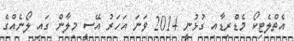
އެތްލެޓިކޯ މެޑްރިޑާއި ގުޅުނީ 2014 ވަނަ އަހަރު އޭސީ މިލާން ގައި ލޯނެއްގެ